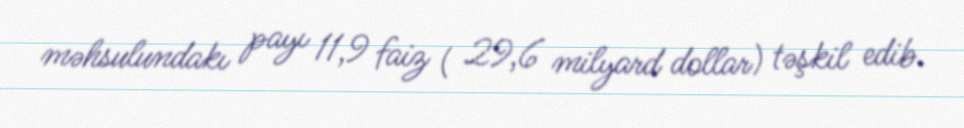
məhsulundakı payı 11,9 faiz ( 29,6 milyard dollar) təşkil edib.